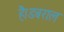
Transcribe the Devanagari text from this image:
है।डबराल